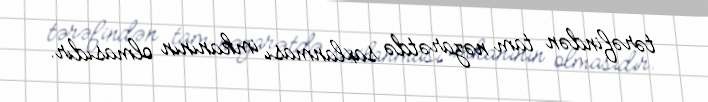
tərəfindən tam nəzarətdə saxlanması imkanının olmasıdır.